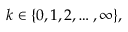
k \in \{ 0 , 1 , 2 , \ldots , \infty \} ,